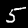
Label: 5